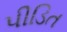
પીડિત